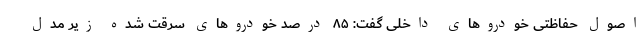
اصول حفاظتی خودروهای داخلی گفت: ۸۵ درصد خودروهای سرقت شده زیر مدل